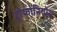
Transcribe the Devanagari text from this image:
ट्रोफोनियोस